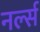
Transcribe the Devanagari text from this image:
नर्ल्स